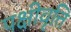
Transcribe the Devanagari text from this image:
पक्षीवृत्ति